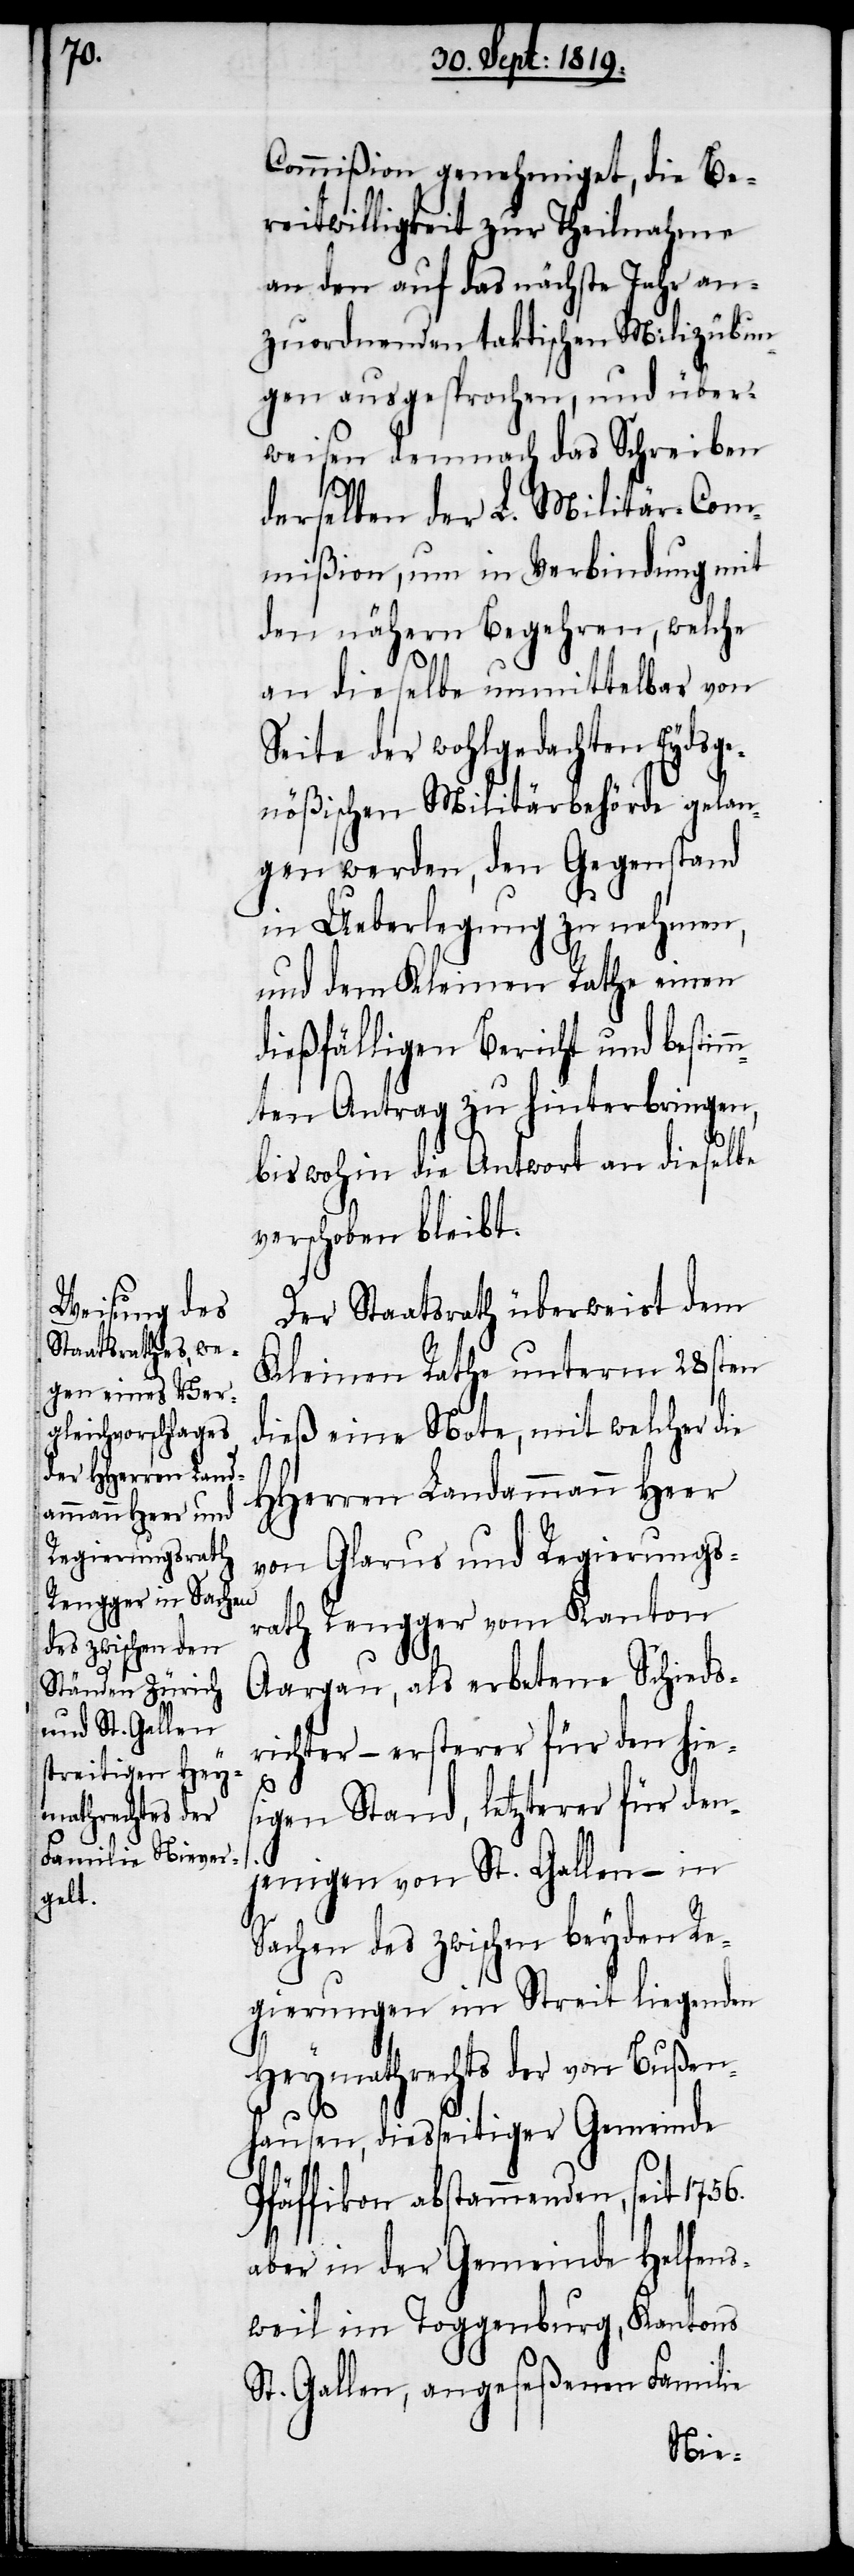
Commißion genehmiget, die Be¬
reitwilligkeit zur Theilnahme
an den auf das nächste Jahr an¬
zuordnenden taktischen Milizübun¬
gen ausgesprochen, und über¬
weisen demnach das Schreiben
derselben der L. Militär-Com¬
mißion, um in Verbindung mit
den nähern Begehren, welche
an dieselbe unmittelbar von
Seite der wohlgedachten Eydsge¬
nößischen Militärbehörde gelan¬
gen werden, den Gegenstand
in Ueberlegung zu nehmen,
und dem Kleinen Rathe einen
dießfälligen Bericht und bestim¬
mten Antrag zu hinterbringen,
biswohin die Antwort an dieselbe
verschoben bleibt.
Der Staatsrath überweist dem
Kleinen Rathe unterm 28sten
dieß eine Note, mit welcher die
HHerren Landammann Heer
von Glarus und Regierungs¬
rath Rengger vom Kanton
Aargau, als erbetene Schieds¬
richter – ersterer für den hies¬
igen Stand, letzterer für den¬
jenigen von St. Gallen – in
Sachen des zwischen beyden Re¬
gierungen im Streit liegenden
Heymathrechts der von Bußen¬
hausen, diesseitiger Gemeinde
Pfäffikon abstammenden, seit 1756.
aber in der Gemeinde Helfens¬
weil im Toggenburg, Kantons
St. Gallen, angeseßenen Familie